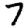
Digit: 7